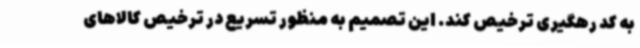
به کد رهگیری ترخیص کند. این تصمیم به منظور تسریع در ترخیص کالاهای